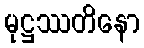
မုဋ္ဌဿတိနော